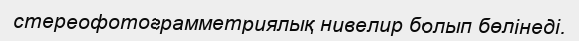
стереофотограмметриялық нивелир болып бөлінеді.